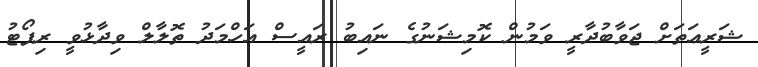
ޝަރީޢަތަށް ޖަވާބުދާރީ ވަމުން ކޮމިޝަނުގެ ނައިބު ރައީސް އަހްމަދު ތޮލާލް ވިދާޅުވީ ރިޕޯޓު